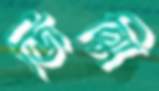
জিন্মি